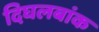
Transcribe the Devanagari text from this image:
दिघलबांक